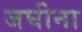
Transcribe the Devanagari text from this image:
जघीना